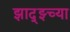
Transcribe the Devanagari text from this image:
झाद्झ्च्या